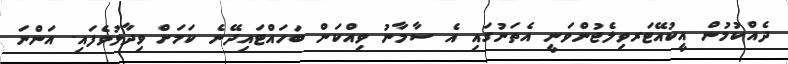
ދެއްކުމުން އީކުއޭޓަރވިލެޖުންވަނީ އެތަނުގައި އެ ސާމާނު ވިއްކަން ބަހައްޓައިދޭނެ ކަމަށް ވިދާޅުވެފައި. އަންނަ